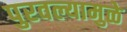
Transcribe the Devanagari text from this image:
पुरवल्यामुळे